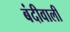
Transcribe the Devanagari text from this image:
बंदीवाली